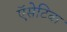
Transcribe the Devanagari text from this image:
ऍसेटिक